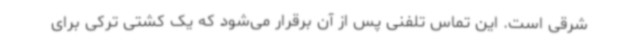
شرقی است. این تماس تلفنی پس از آن برقرار می‌شود که یک کشتی ترکی برای